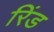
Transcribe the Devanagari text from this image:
रिंड